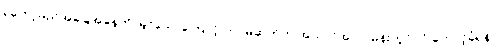
ရတော့မည်အခြေအနေကို မြင်သောကြောင့် တပ်မဆုတ်ဘဲ အယ်လ်အလာမိန်းတွင်ပင် တောင့်ခံရန်